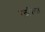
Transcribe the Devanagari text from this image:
रक्तपित्तात